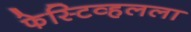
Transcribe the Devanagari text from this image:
फेस्टिव्हलला